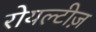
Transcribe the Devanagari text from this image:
रोयल्टीज़